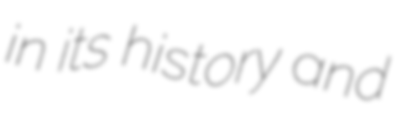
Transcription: in its history and